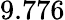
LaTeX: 9.776